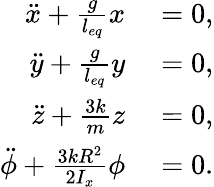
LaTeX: \begin{array}{rl}{\ddot{x}+\frac{g}{l_{eq}}x}&{{}=0,}\\ {\ddot{y}+\frac{g}{l_{eq}}y}&{{}=0,}\\ {\ddot{z}+\frac{3k}{m}z}&{{}=0,}\\ {\ddot{\phi}+\frac{3kR^{2}}{2I_{x}}\phi}&{{}=0.}\end{array}